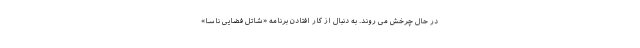
در حال چرخش می روند. به دنبال از کار افتادن برنامه «شاتل فضایی ناسا»